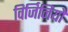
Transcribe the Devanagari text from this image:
विर्जिनियो